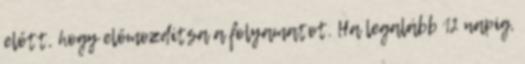
előtt, hogy előmozdítsa a folyamatot. Ha legalább 12 napig,